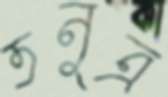
তনুত্র